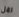
رمل